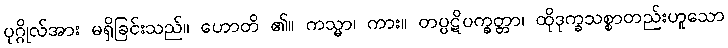
ပုဂ္ဂိုလ်အား မရှိခြင်းသည်။ ဟောတိ ၏။ ကသ္မာ၊ ကား။ တပ္ပဋိပက္ခတ္တာ၊ ထိုဒုက္ခသစ္စာတည်းဟူသော